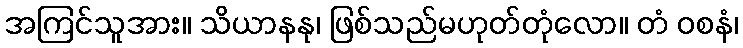
အကြင်သူအား။ သိယာနနု၊ ဖြစ်သည်မဟုတ်တုံလော။ တံ ဝစနံ၊